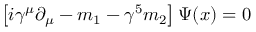
\left[ i \gamma ^ { \mu } \partial _ { \mu } - m _ { 1 } - \gamma ^ { 5 } m _ { 2 } \right] \Psi ( x ) = 0 \,